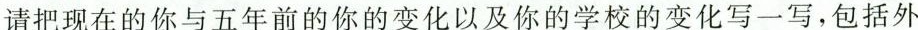
请把现在的你与五年前的你的变化以及你的学校的变化写一写，包括外